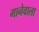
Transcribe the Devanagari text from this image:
गानेवाला